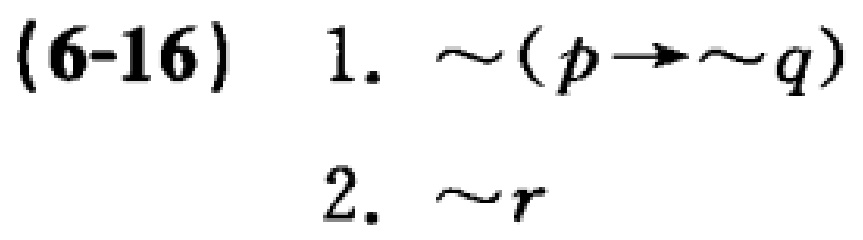
(6-16) 1. $\sim(p\rightarrow\sim q)$
2. $\sim r$